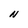
Character: N